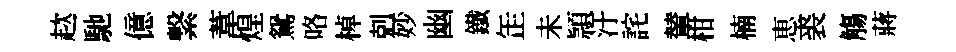
趑馳億繋葦煌鴛咯棹剋妙幽鐵𦈢未頴汙詫輦柑楠恵裘觴蔣